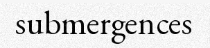
submergences